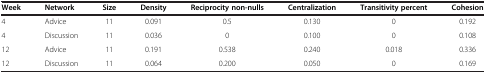
<table><thead><tr><td><b>Week</b></td><td><b>Network</b></td><td><b>Size</b></td><td><b>Density</b></td><td><b>Reciprocity non-nulls</b></td><td><b>Centralization</b></td><td><b>Transitivity percent</b></td><td><b>Cohesion</b></td></tr></thead><tbody><tr><td>4</td><td>Advice</td><td>11</td><td>0.091</td><td>0.5</td><td>0.130</td><td>0</td><td>0.192</td></tr><tr><td>4</td><td>Discussion</td><td>11</td><td>0.036</td><td>0</td><td>0.100</td><td>0</td><td>0.108</td></tr><tr><td>12</td><td>Advice</td><td>11</td><td>0.191</td><td>0.538</td><td>0.240</td><td>0.018</td><td>0.336</td></tr><tr><td>12</td><td>Discussion</td><td>11</td><td>0.064</td><td>0.200</td><td>0.050</td><td>0</td><td>0.169</td></tr></tbody></table>